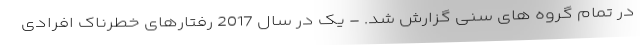
در تمام گروه های سنی گزارش شد. - یک در سال 2017 رفتارهای خطرناک افرادی